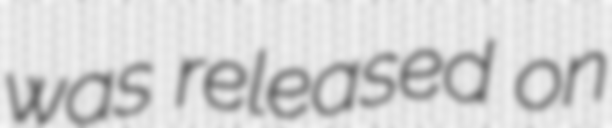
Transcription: was released on